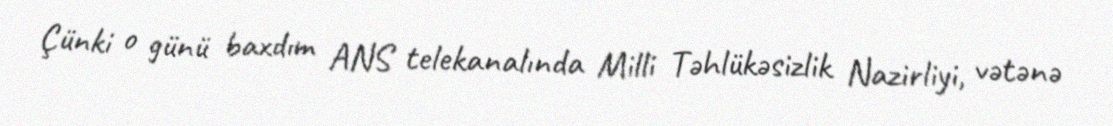
Çünki o günü baxdım ANS telekanalında Milli Təhlükəsizlik Nazirliyi, vətənə